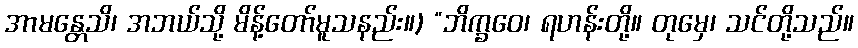
အာမန္တေသိ၊ အဘယ်သို့ မိန့်တော်မူသနည်း။) “ဘိက္ခဝေ၊ ရဟန်းတို့။ တုမှေ၊ သင်တို့သည်။